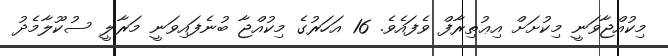
މިކުއްޖާވަނީ މިކުށަށް އިޢުތިރާފް ވެފައެވެ. 16 އަހަރުގެ މިކުއްޖާ ބުނެފައިވަނީ މަރާލީ ސުކޫލާމެދު